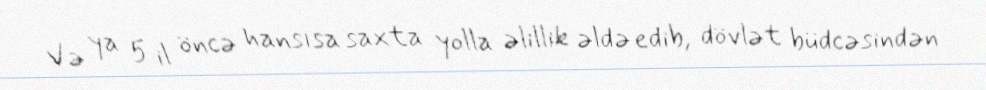
Və ya 5 il öncə hansısa saxta yolla əlillik əldə edib, dövlət büdcəsindən